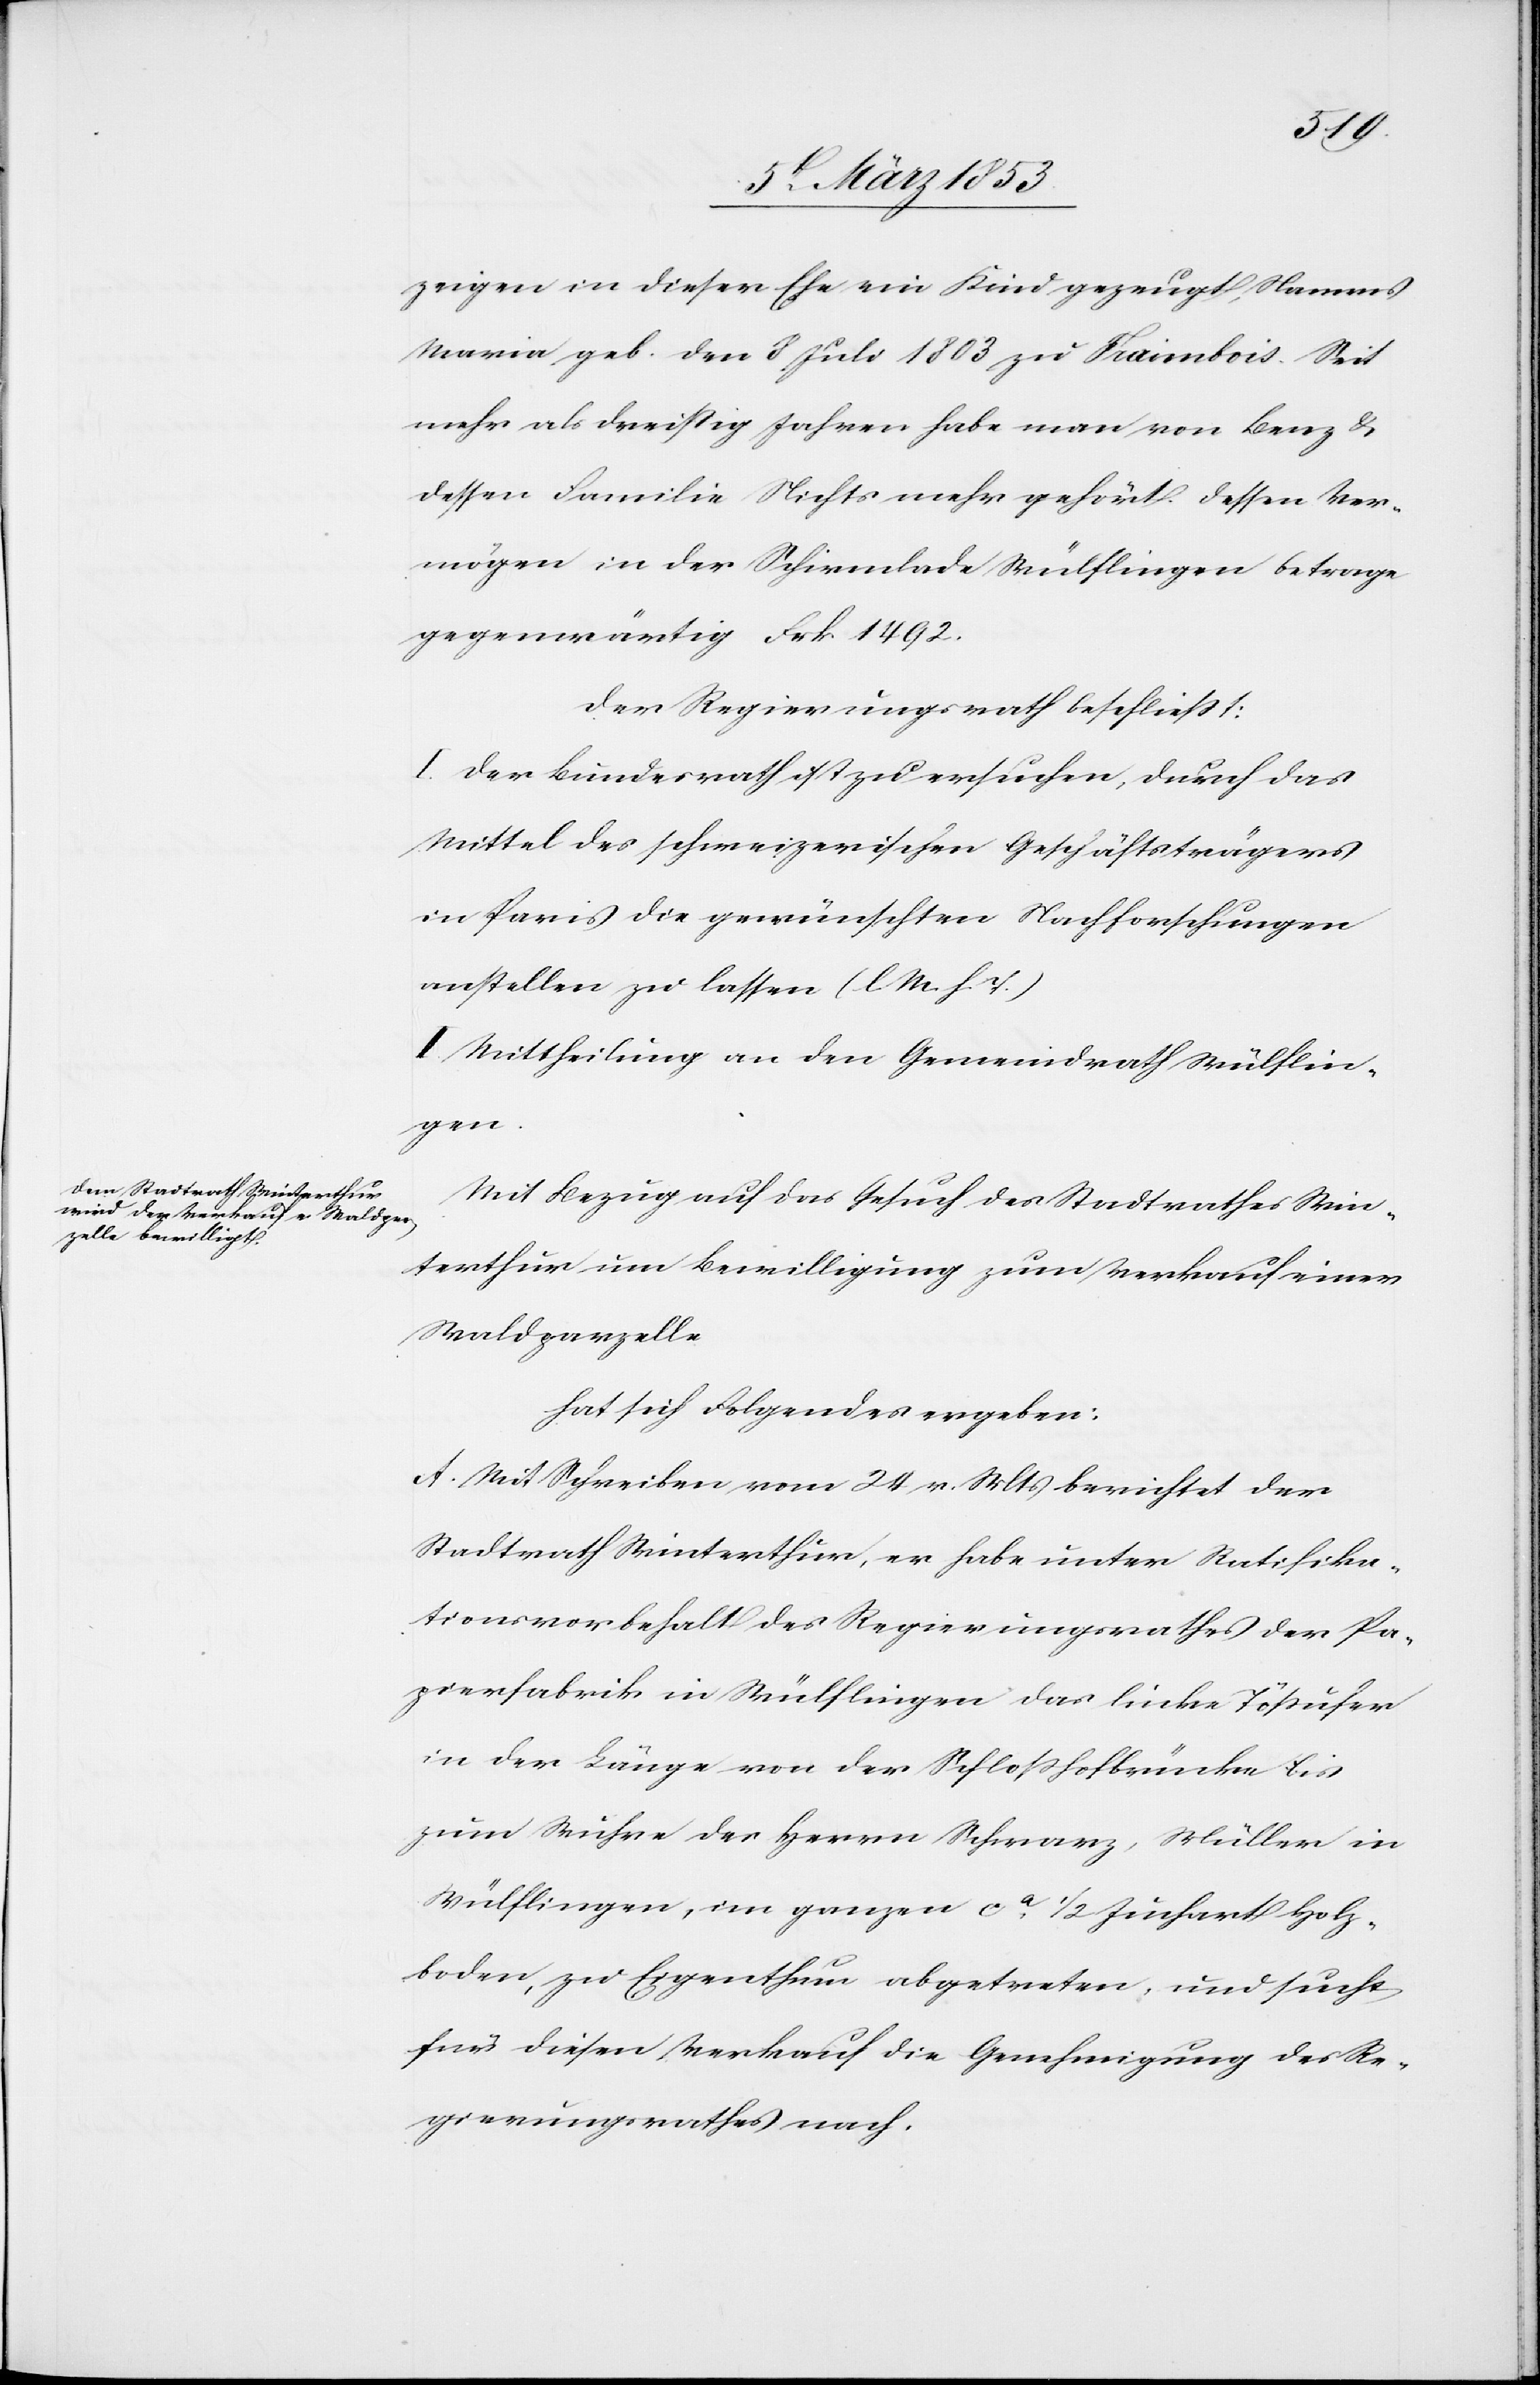
zeigen in dieser Ehe ein Kind gezeugt, Namens
Maria geb. den 8 Juli 1803 zu Fraimbois. Seit
mehr als dreißig Jahren habe man von Benz &
dessen Familie Nichts mehr gehört. Dessen Ver¬
mögen in der Schirmlade Wülflingen betrage
gegenwärtig Frk. 1492.
Der Regierungsrath beschließt:
I. Der Bundesrath ist zu ersuchen, durch das
Mittel des schweizerischen Geschäftsträgers
in Paris die gewünschten Nachforschungen
anstellen zu lassen. [l. M. h. T]
II. Mittheilung an den Gemeindrath Wülflin¬
gen.
Mit Bezug auf das Gesuch des Stadtrathes Win¬
terthur um Bewilligung zum Verkauf einer
Waldparzelle.
A. Mit Schreiben vom 24 v. Mts. berichtet der
Stadtrath Winterthur, er habe unter Ratifika¬
tionsvorbehalt des Regierungsrathes der Pa¬
pierfabrik in Wülflingen das linke Tößufer
in der Länge von der Schloßhofbrücke bis
zum Wuhre des Herrn Schwarz, Müller in
Wülflingen, im ganzen ca. 1/2 Juchart Holz¬
boden, zu Eigenthum abgetreten, und sucht
für diesen Verkauf die Genehmigung des Re¬
gierungsrathes nach.